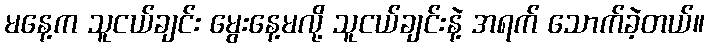
မနေ့က သူငယ်ချင်း မွေးနေ့မလို့ သူငယ်ချင်းနဲ့ အရက် သောက်ခဲ့တယ်။